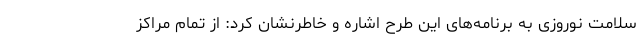
سلامت نوروزی به برنامه‌های این طرح اشاره و خاطرنشان کرد: از تمام مراکز